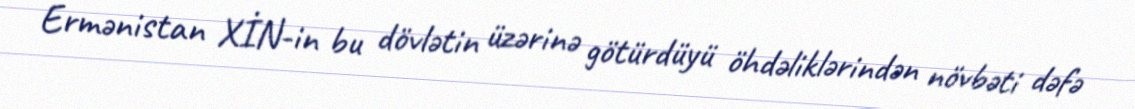
Ermənistan XİN-in bu dövlətin üzərinə götürdüyü öhdəliklərindən növbəti dəfə